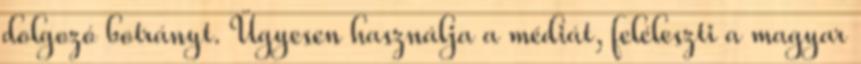
dolgozó botrányt. Ügyesen használja a médiát, feléleszti a magyar